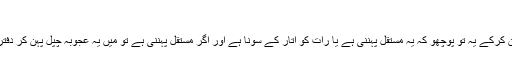
‘‘
’’ارے بیٹا ذرا فون کرکے یہ تو پوچھو کہ یہ مستقل پہننی ہے یا رات کو اُتار کے سونا ہے اور اگر مستقل پہننی ہے تو میں یہ عجوبہ چپل پہن کر دفتر کیسے جاؤں گا؟